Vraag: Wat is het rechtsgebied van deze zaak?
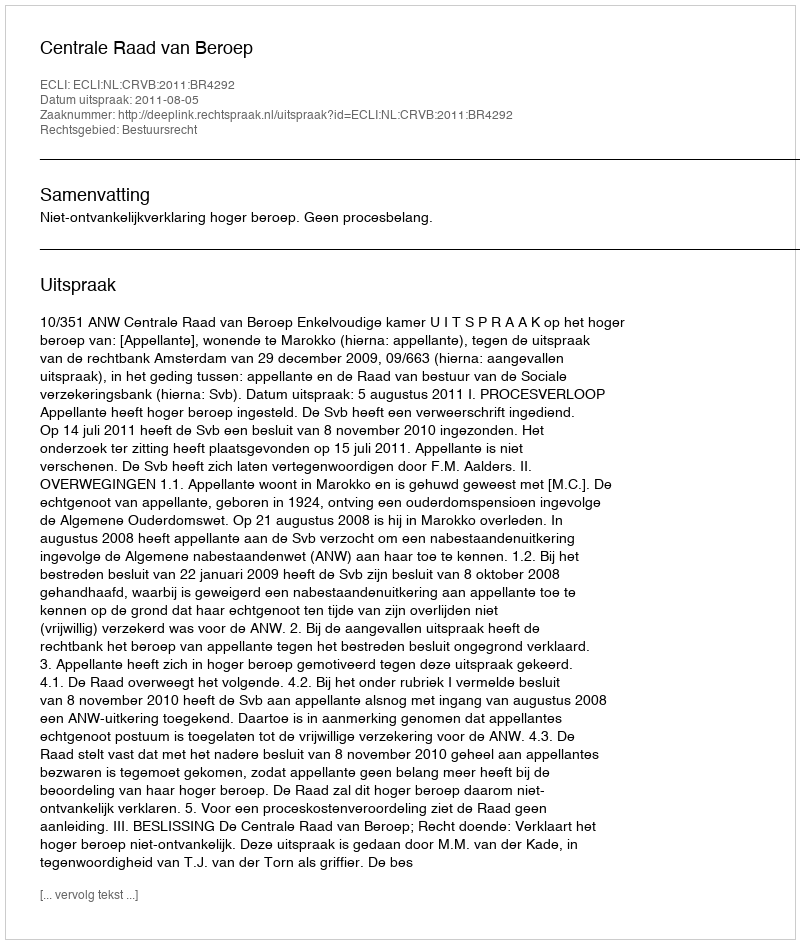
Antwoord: Bestuursrecht